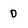
Character: D